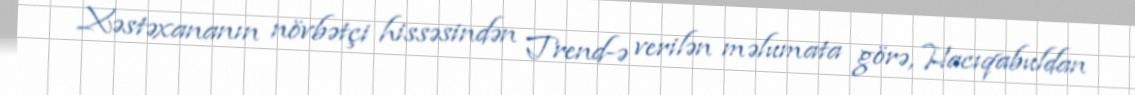
Xəstəxananın növbətçi hissəsindən Trend-ə verilən məlumata görə, Hacıqabuldan